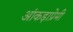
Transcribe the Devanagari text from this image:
आंकड़ाप्रेमी